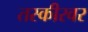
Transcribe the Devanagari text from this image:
तस्कीरवर